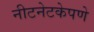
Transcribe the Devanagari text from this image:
नीटनेटकेपणे